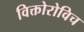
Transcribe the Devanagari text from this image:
विक्तोरोविच